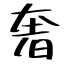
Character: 奢